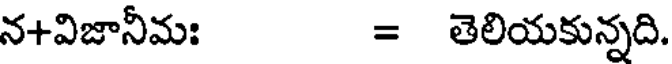
న+విజానీమః = తెలియకున్నది.